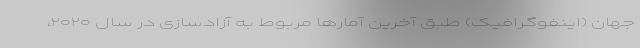
جهان (اینفوگرافیک) طبق آخرین آمارها مربوط به آزادسازی در سال ۲۰۲۰،